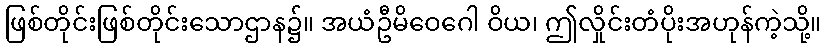
ဖြစ်တိုင်းဖြစ်တိုင်းသောဌာန၌။ အယံဦမိဝေဂေါ ဝိယ၊ ဤလှိုင်းတံပိုးအဟုန်ကဲ့သို့။